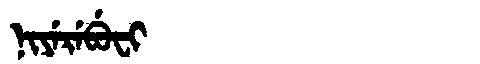
Manchu: ᠨᡳᠶᡝᡵᡝᠪᡠᠸᡳ
Romanization: NIYEREBUFI